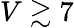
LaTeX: V\gtrsim 7